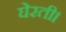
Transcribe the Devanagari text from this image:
घेरती।